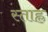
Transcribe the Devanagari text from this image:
स्ताह्ल